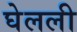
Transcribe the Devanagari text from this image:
घेलली